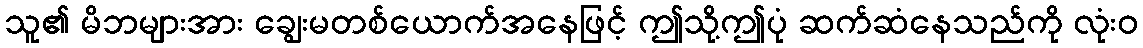
သူ၏ မိဘများအား ချွေးမတစ်ယောက်အနေဖြင့် ဤသို့ဤပုံ ဆက်ဆံနေသည်ကို လုံးဝ